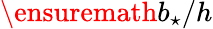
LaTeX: \ensuremath{b_{\star}}/h